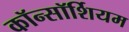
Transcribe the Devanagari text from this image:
कॉन्सॉर्शियम